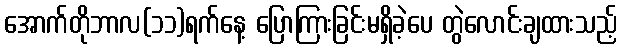
အောက်တိုဘာလ(၁၁)ရက်နေ့ ပြောကြားခြင်းမရှိခဲ့ပေ တွဲလောင်းချထားသည့်